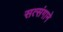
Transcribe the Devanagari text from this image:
सत्संगाने